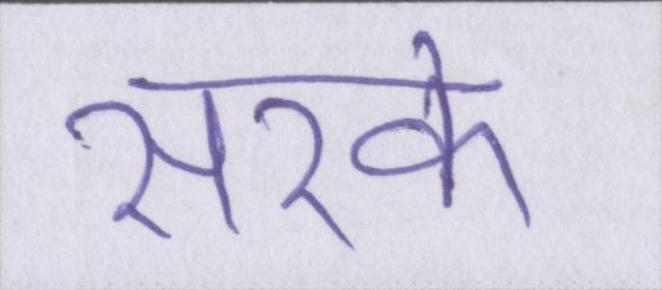
सरके